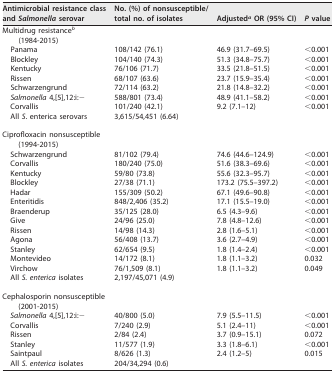
<table><thead><tr><td><b>Antimicrobial resistance class and Salmonella serovar</b></td><td><b>No. (%) of nonsusceptible/total no. of isolates</b></td><td><b>Adjusted<sup><i>a</i></sup> OR (95% CI)</b></td><td><b><i>P</i> value</b></td></tr></thead><tbody><tr><td>Multidrug resistance<sup><i>b</i></sup> (1984-2015)</td><td></td><td></td><td></td></tr><tr><td>Panama</td><td>108/142 (76.1)</td><td>46.9 (31.7–69.5)</td><td>&lt;0.001</td></tr><tr><td>Blockley</td><td>104/140 (74.3)</td><td>51.3 (34.8–75.7)</td><td>&lt;0.001</td></tr><tr><td>Kentucky</td><td>76/106 (71.7)</td><td>33.5 (21.8–51.5)</td><td>&lt;0.001</td></tr><tr><td>Rissen</td><td>68/107 (63.6)</td><td>23.7 (15.9–35.4)</td><td>&lt;0.001</td></tr><tr><td>Schwarzengrund</td><td>72/114 (63.2)</td><td>21.8 (14.8–32.2)</td><td>&lt;0.001</td></tr><tr><td>Salmonella 4,[5],12:i:−</td><td>588/801 (73.4)</td><td>48.9 (41.1–58.2)</td><td>&lt;0.001</td></tr><tr><td>Corvallis</td><td>101/240 (42.1)</td><td>9.2 (7.1–12)</td><td>&lt;0.001</td></tr><tr><td>All <i>S</i>. enterica serovars</td><td>3,615/54,451 (6.64)</td><td></td><td></td></tr><tr><td>Ciprofloxacin nonsusceptible (1994-2015)</td><td></td><td></td><td></td></tr><tr><td>Schwarzengrund</td><td>81/102 (79.4)</td><td>74.6 (44.6–124.9)</td><td>&lt;0.001</td></tr><tr><td>Corvallis</td><td>180/240 (75.0)</td><td>51.6 (38.3–69.6)</td><td>&lt;0.001</td></tr><tr><td>Kentucky</td><td>59/80 (73.8)</td><td>55.6 (32.3–95.7)</td><td>&lt;0.001</td></tr><tr><td>Blockley</td><td>27/38 (71.1)</td><td>173.2 (75.5–397.2)</td><td>&lt;0.001</td></tr><tr><td>Hadar</td><td>155/309 (50.2)</td><td>67.1 (49.6–90.8)</td><td>&lt;0.001</td></tr><tr><td>Enteritidis</td><td>848/2,406 (35.2)</td><td>17.1 (15.5–19.0)</td><td>&lt;0.001</td></tr><tr><td>Braenderup</td><td>35/125 (28.0)</td><td>6.5 (4.3–9.6)</td><td>&lt;0.001</td></tr><tr><td>Give</td><td>24/96 (25.0)</td><td>7.8 (4.8–12.6)</td><td>&lt;0.001</td></tr><tr><td>Rissen</td><td>14/98 (14.3)</td><td>2.8 (1.6–5.1)</td><td>&lt;0.001</td></tr><tr><td>Agona</td><td>56/408 (13.7)</td><td>3.6 (2.7–4.9)</td><td>&lt;0.001</td></tr><tr><td>Stanley</td><td>62/654 (9.5)</td><td>1.8 (1.4–2.4)</td><td>&lt;0.001</td></tr><tr><td>Montevideo</td><td>14/172 (8.1)</td><td>1.8 (1.1–3.2)</td><td>0.032</td></tr><tr><td>Virchow</td><td>76/1,509 (8.1)</td><td>1.8 (1.1–3.2)</td><td>0.049</td></tr><tr><td>All S. enterica isolates</td><td>2,197/45,071 (4.9)</td><td></td><td></td></tr><tr><td>Cephalosporin nonsusceptible (2001-2015)</td><td></td><td></td><td></td></tr><tr><td>Salmonella 4,[5],12:i:−</td><td>40/800 (5.0)</td><td>7.9 (5.5–11.5)</td><td>&lt;0.001</td></tr><tr><td>Corvallis</td><td>7/240 (2.9)</td><td>5.1 (2.4–11)</td><td>&lt;0.001</td></tr><tr><td>Rissen</td><td>2/84 (2.4)</td><td>3.7 (0.9–15.1)</td><td>0.072</td></tr><tr><td>Stanley</td><td>11/577 (1.9)</td><td>3.3 (1.8–6.1)</td><td>&lt;0.001</td></tr><tr><td>Saintpaul</td><td>8/626 (1.3)</td><td>2.4 (1.2–5)</td><td>0.015</td></tr><tr><td>All S. enterica isolates</td><td>204/34,294 (0.6)</td><td></td><td></td></tr></tbody></table>